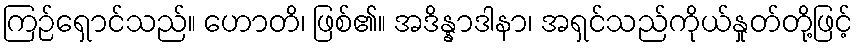
ကြဉ်ရှောင်သည်။ ဟောတိ၊ ဖြစ်၏။ အဒိန္နာဒါနာ၊ အရှင်သည်ကိုယ်နှုတ်တို့ဖြင့်